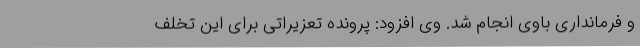
و فرمانداری باوی انجام شد. وی افزود: پرونده تعزیراتی برای این تخلف